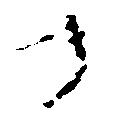
候